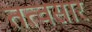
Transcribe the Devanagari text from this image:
तत्वसार